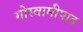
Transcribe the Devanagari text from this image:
गोस्वामीपाद